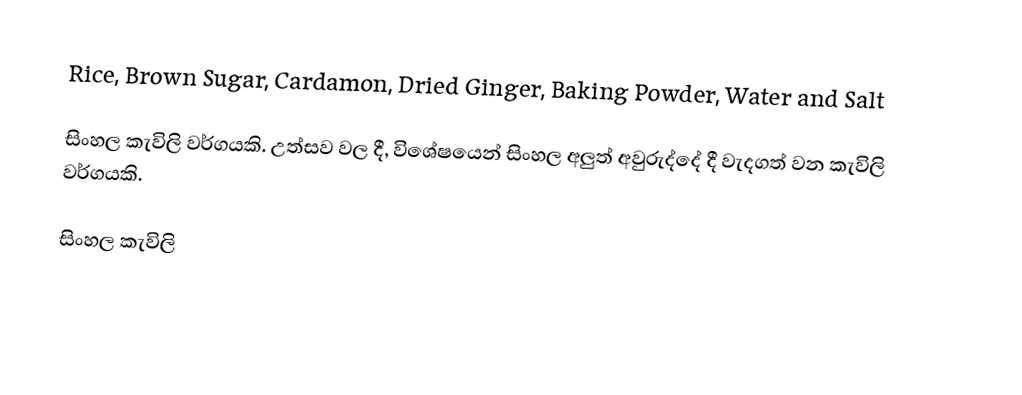
Rice, Brown Sugar, Cardamon, Dried Ginger, Baking Powder, Water and Salt

සිංහල කැවිලි වර්ගයකි. උත්සව වල දී, විශේෂයෙන් සිංහල අලුත් අවුරුද්දේ දී වැදගත් වන කැවිලි වර්ගයකි.

සිංහල ‍කැවිලි